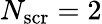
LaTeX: N_{\mathrm{scr}}=2